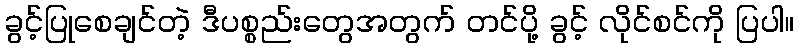
ခွင့်ပြုစေချင်တဲ့ ဒီပစ္စည်းတွေအတွက် တင်ပို့ ခွင့် လိုင်စင်ကို ပြပါ။